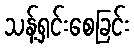
သန့်ရှင်းစေခြင်း